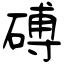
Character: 磗